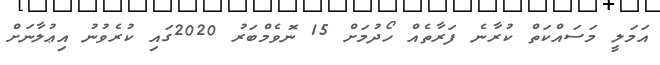
އަމަލީ މަސައްކަތް ކުރާނެ ފަރާތެއް ހޯދުމަށް 15 ނޮވެމްބަރު 2020ގައި ކުރެވުނު އިޢުލާނަށް